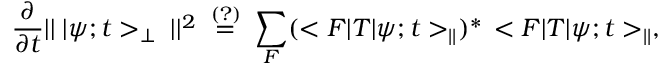
\frac { \partial } { \partial t } | | \; | \psi ; t > _ { \perp } \; | | ^ { 2 } \; \stackrel { ( ? ) } { = } \; \sum _ { F } ( < F | T | \psi ; t > _ { | | } ) ^ { \ast } \, < F | T | \psi ; t > _ { | | } ,